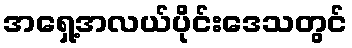
အရှေ့အလယ်ပိုင်းဒေသတွင်